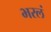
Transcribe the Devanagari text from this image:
भरलं